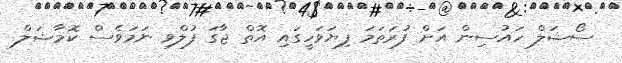
ސޯޝަލް ހައުސިން އަށް ފުރަތަމަ ފިޔަވަހީގައި އޮތް ޖާގަ ފުލްވި ނަމަވެސް ކޮމާޝަލް